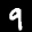
Label: 9